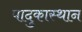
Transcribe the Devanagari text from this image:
पादुकास्थान